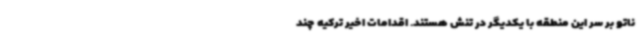
ناتو بر سر این منطقه با یکدیگر در تنش هستند. اقدامات اخیر ترکیه چند